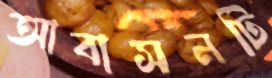
আবাসনটি